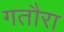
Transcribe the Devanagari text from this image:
गतौरा